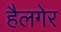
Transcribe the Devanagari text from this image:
हैलगेर